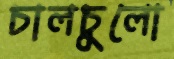
চালচুলো